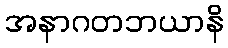
အနာဂတဘယာနိ